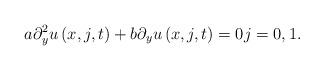
LaTeX: \begin{align*}a\partial _{y}^{2}u\left( x,j,t\right) +b\partial _{y}u\left( x,j,t\right) =0j=0,1. \end{align*}